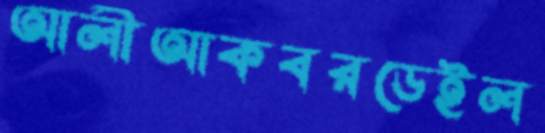
আলীআকবরডেইল